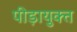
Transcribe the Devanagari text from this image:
पीड़ायुक्‍त